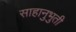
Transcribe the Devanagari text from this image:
साहानुभुती